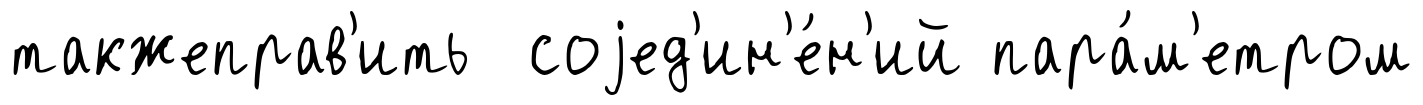
такжеправ'ить соjед'ин'е́н'ий пара́м'етром